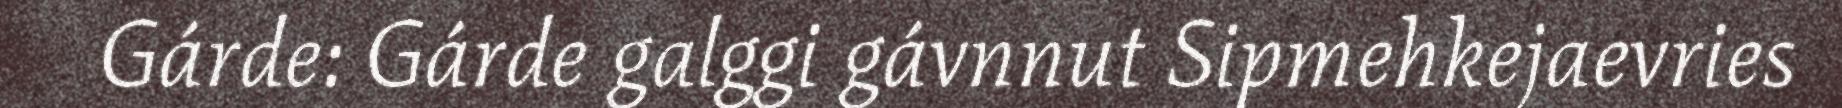
Gárde: Gárde galggi gávnnut Sipmehkejaevries